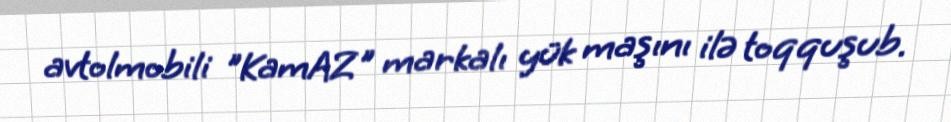
avtolmobili "KamAZ" markalı yük maşını ilə toqquşub.